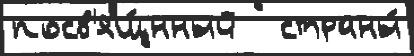
посв'ящ́нный   страны́